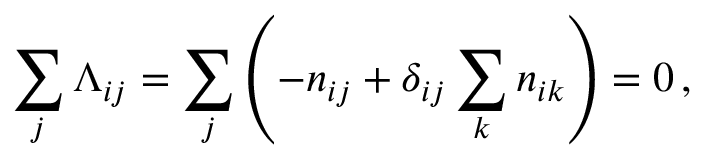
\sum _ { j } \Lambda _ { i j } = \sum _ { j } \left( - n _ { i j } + \delta _ { i j } \sum _ { k } n _ { i k } \right) = 0 \, ,